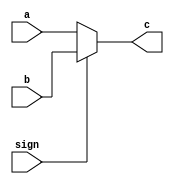
`timescale 1ns / 1ps
//////////////////////////////////////////////////////////////////////////////////
// Company: 
// Engineer: 
// 
// Design Name: 
// Module Name: pick21_32
// Project Name: 
// Target Devices: 
// Tool Versions: 
// Description: 
// 
// Dependencies: 
// 
// Revision:
// Revision 0.01 - File Created
// Additional Comments:
// 
//////////////////////////////////////////////////////////////////////////////////


module pick21_32(
    input [31:0] a,
    input [31:0] b,
    input sign,
    output [31:0] c
    );
    assign c = (sign == 0) ? a : b;
endmodule